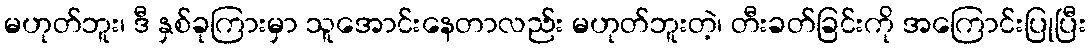
မဟုတ်ဘူး၊ ဒီ နှစ်ခုကြားမှာ သူအောင်းနေတာလည်း မဟုတ်ဘူးတဲ့၊ တီးခတ်ခြင်းကို အကြောင်းပြုပြီး